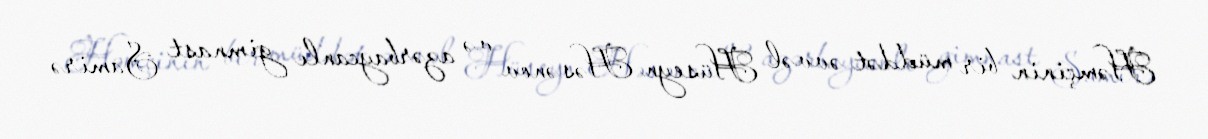
Həmçinin bir müddət əvvəl Hüseyn Həsənov və azərbaycanlı gimnast Samirə